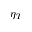
\eta _ { T }